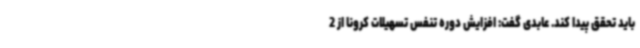
باید تحقق پیدا کند. عابدی گفت: افزایش دوره تنفس تسهیلات کرونا از 2